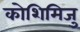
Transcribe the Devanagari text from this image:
कोशिमिजु